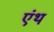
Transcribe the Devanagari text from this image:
एंथ